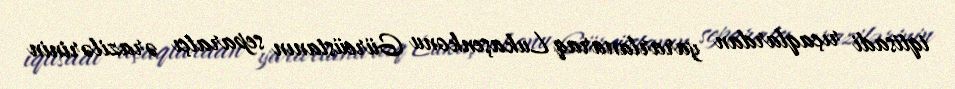
iqtisadi rıçaqlardan yararlanaraq Lukaşenkonu Gürcüstanın separatçı ərazilərinin